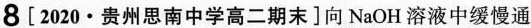
8[2020·贵州思南中学高二期末]向NaOH溶液中缓慢通